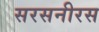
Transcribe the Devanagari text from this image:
सरसनीरस